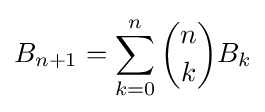
B_{n+1}=\sum _{k=0}^{n}{\binom {n}{k}}B_{k}